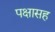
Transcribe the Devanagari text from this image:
पक्षासह